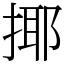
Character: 揶